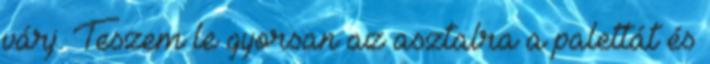
várj. Teszem le gyorsan az asztalra a palettát és